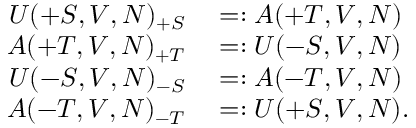
\begin{array} { r l } { U ( + S , V , N ) _ { + S } } & { { } = : A ( + T , V , N ) } \\ { A ( + T , V , N ) _ { + T } } & { { } = : U ( - S , V , N ) } \\ { U ( - S , V , N ) _ { - S } } & { { } = : A ( - T , V , N ) } \\ { A ( - T , V , N ) _ { - T } } & { { } = : U ( + S , V , N ) . } \end{array}